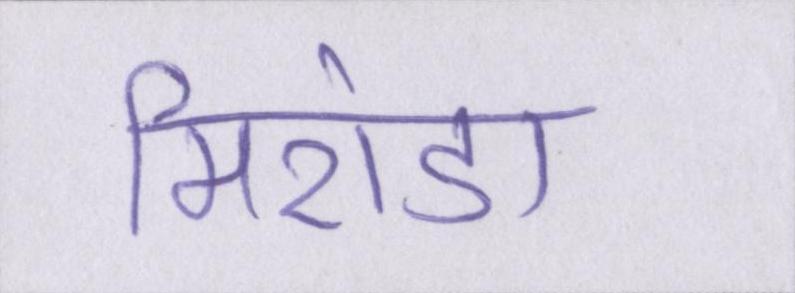
मिरांडा